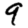
Digit: 9